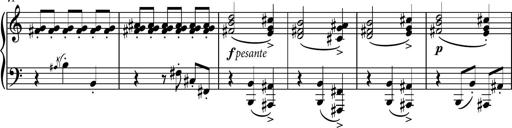
Title: Piano Sonatina No.4
Composer: Dimitri Sykias
Key: D major